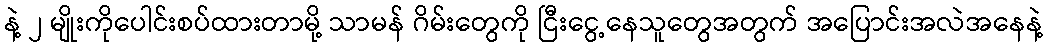
နဲ့ ၂ မျိုးကိုပေါင်းစပ်ထားတာမို့ သာမန် ဂိမ်းတွေကို ငြီးငွေ့နေသူတွေအတွက် အပြောင်းအလဲအနေနဲ့